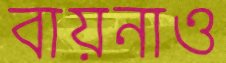
বায়নাও